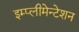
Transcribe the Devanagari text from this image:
इम्प्लीमेन्टेशन